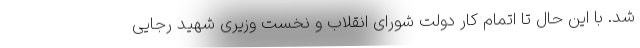
شد. با این حال تا اتمام کار دولت شورای انقلاب و نخست وزیری شهید رجایی